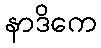
နာဒိကေ